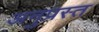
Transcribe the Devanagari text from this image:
अनुप्रस्त